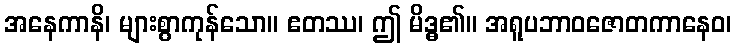
အနေကာနိ၊ များစွာကုန်သော။ ဧတဿ၊ ဤ မိဒ္ဓ၏။ အရူပဘာဝဇောတကာနေဝ၊